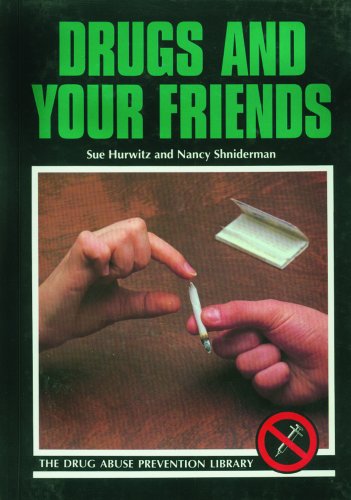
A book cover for Drugs and Your Friends (Drug Abuse Prevention Library); Sue Hurwitz; Teen & Young Adult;